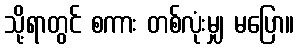
သို့ရာတွင် စကား တစ်လုံးမျှ မပြော။